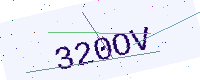
Text: 320OV